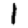
Digit: 1